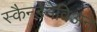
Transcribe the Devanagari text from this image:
स्कैन्डेनेविअन